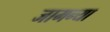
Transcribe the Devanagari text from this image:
जामन्या